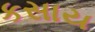
કસાય